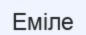
Еміле